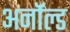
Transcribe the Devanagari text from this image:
अर्नॉल्ड